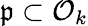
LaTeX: {\mathfrak{p}}\subset{\mathcal{O}}_{k}